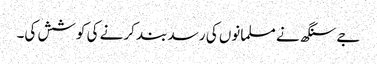
جے سنگھ نے مسلمانوں کی رسد بند کرنے کی کوشش کی۔